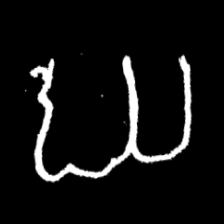
Pyu character \u2014 Myanmar letter: ဃ (romanized: gha)